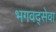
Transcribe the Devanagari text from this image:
भगवद्सेवा